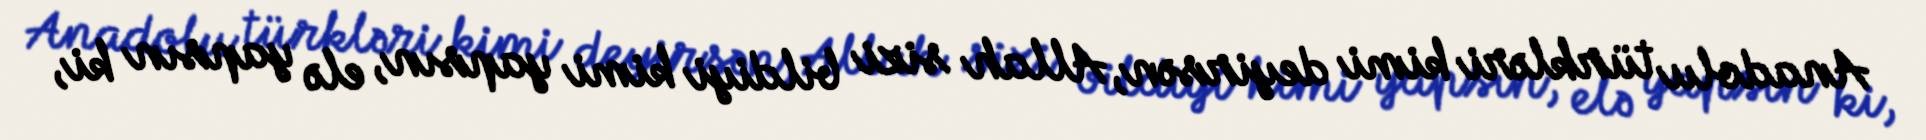
Anadolu türkləri kimi deyirsən, Allah sizi bildiyi kimi yapsın, elə yapsın ki,